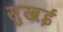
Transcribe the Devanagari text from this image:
सुखई